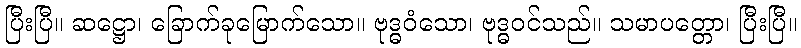
ပြီးပြီ။ ဆဋ္ဌော၊ ခြောက်ခုမြောက်သော။ ဗုဒ္ဓဝံသော၊ ဗုဒ္ဓဝင်သည်။ သမာပတ္တော၊ ပြီးပြီ။